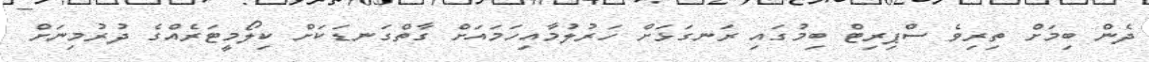
ދެން ބިމަށް ތިރިވެ ސްޕިރިޓް ބިމުގައި ރަނގަޅަށް ހަރުލުމާއިހަމައަށް ގާތްގަނޑަކަށް ކިލޯމީޓަރެއްގެ ދުރުމިނަށް